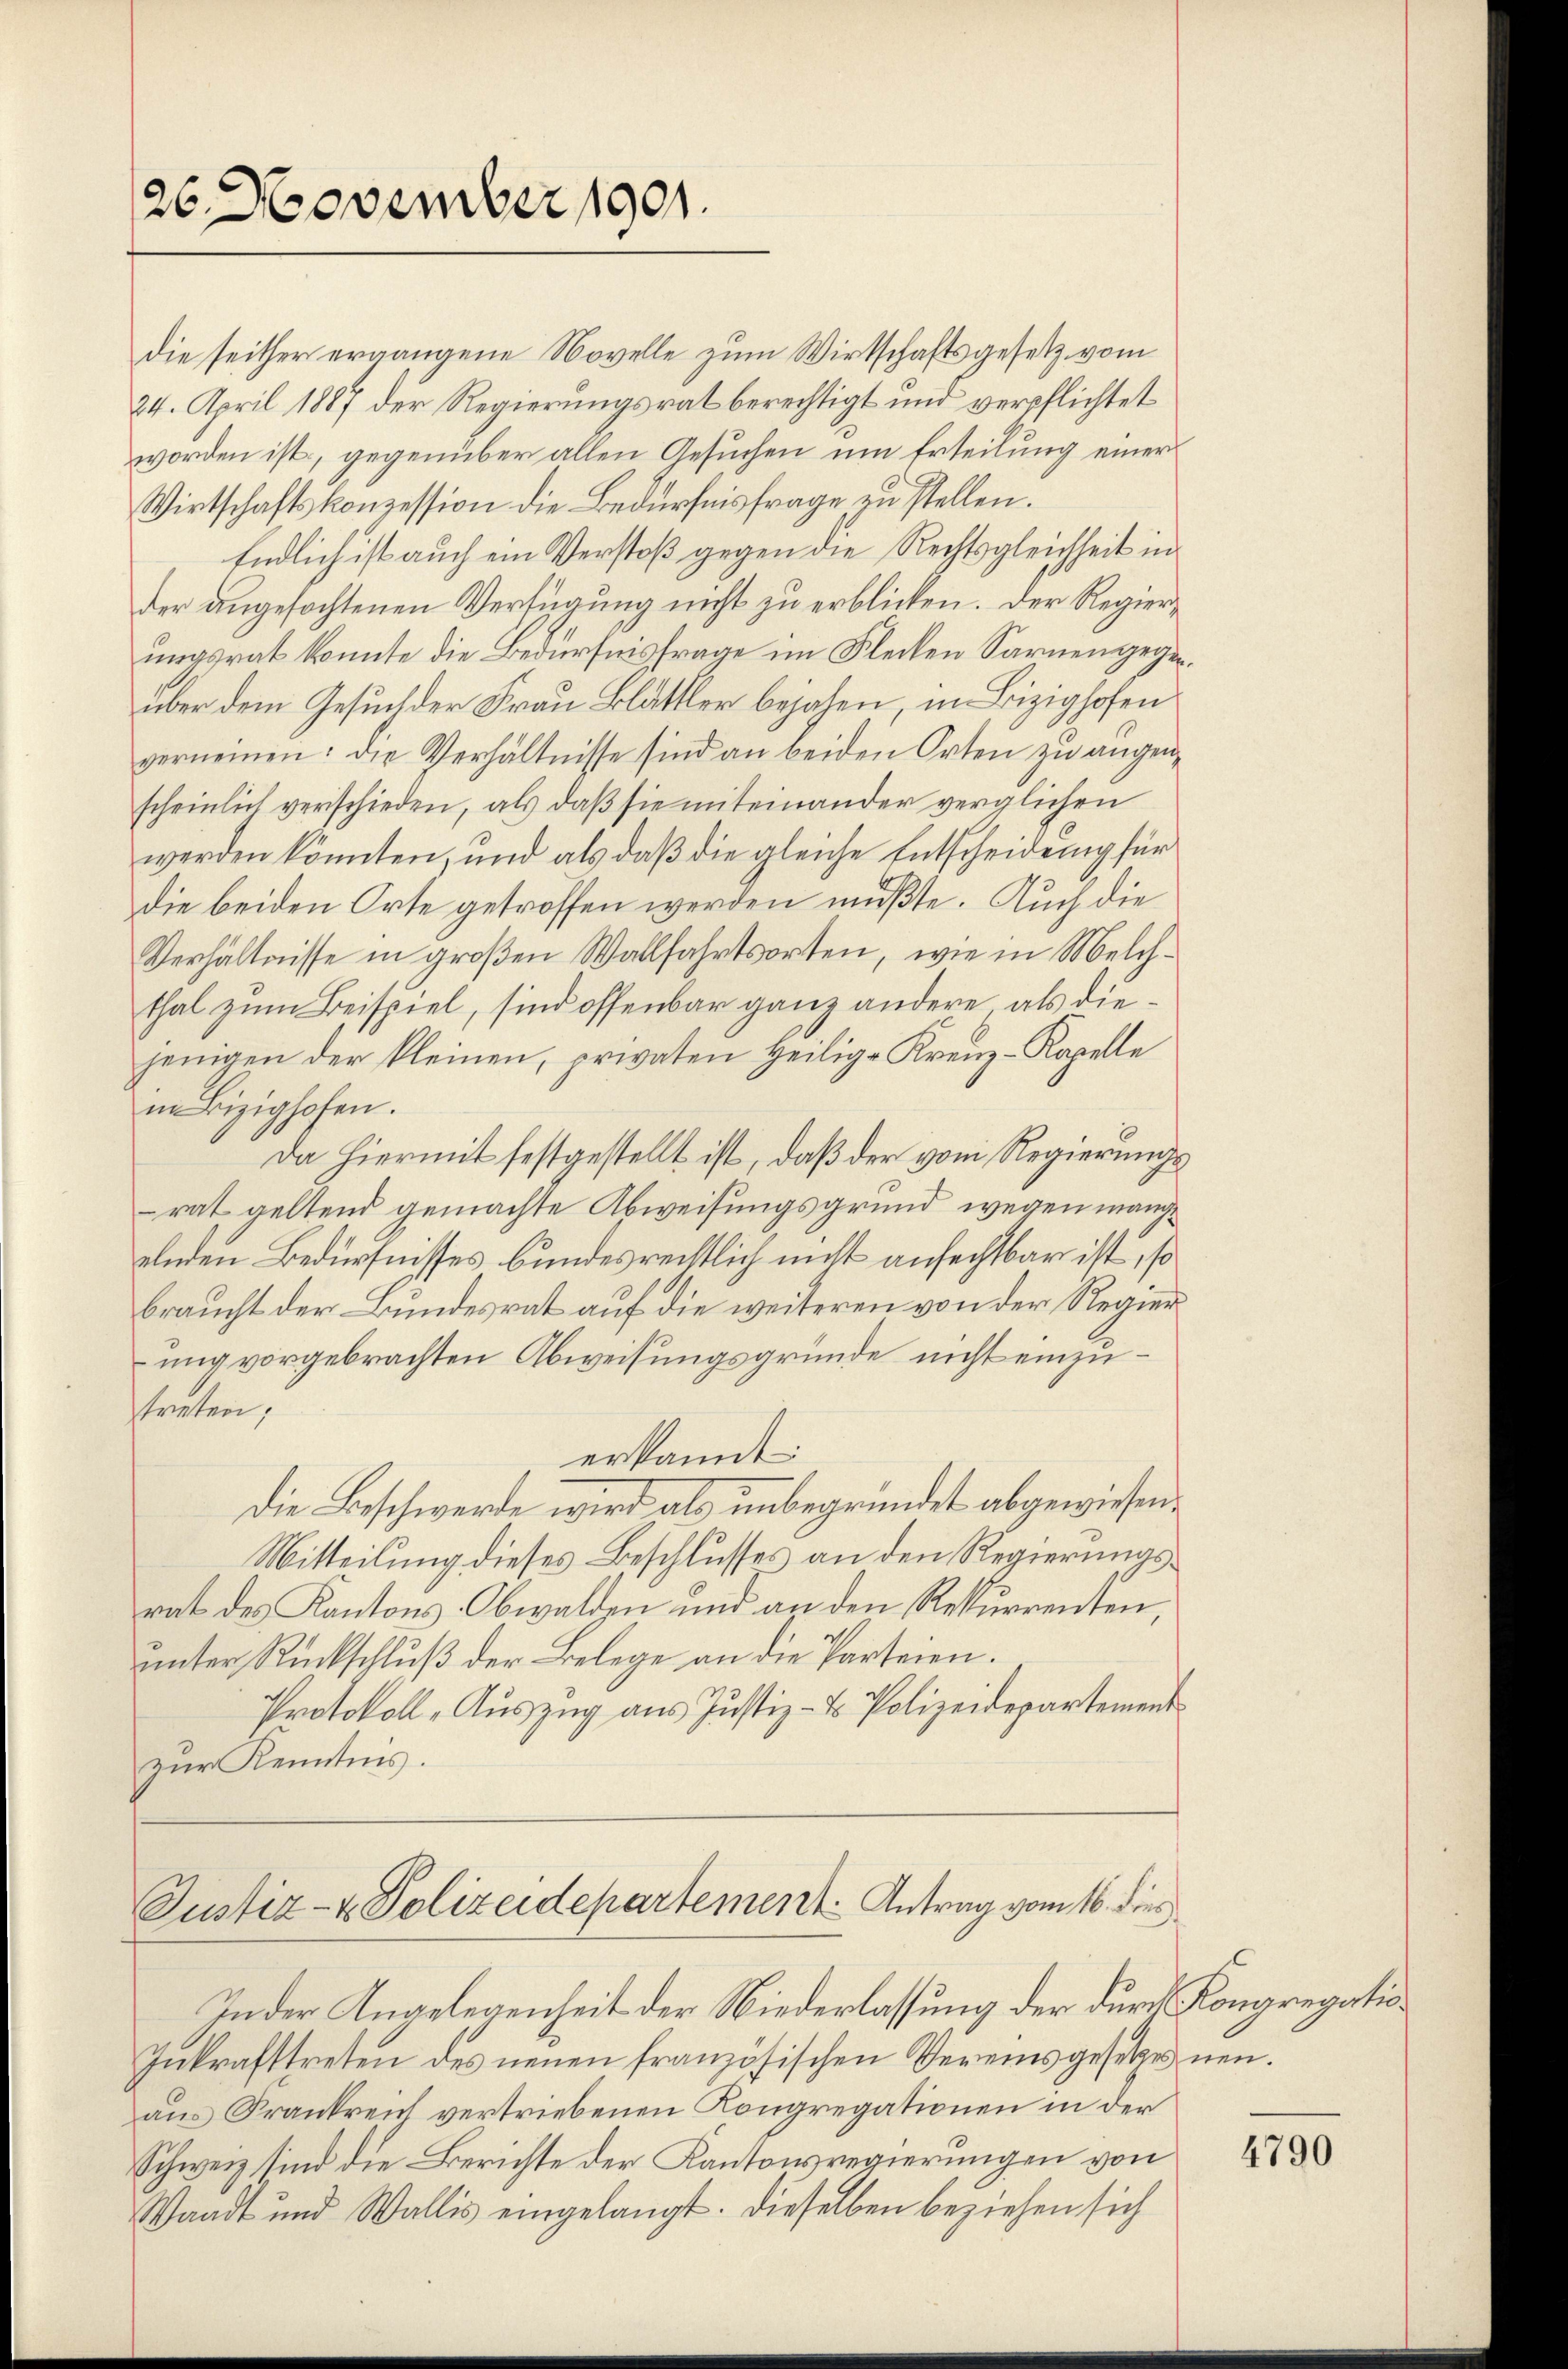
26. November 1901.

die seither ergangene Novelle zum Wirtschaftsgesetz vom
24. April 1887 der Regierungsrat berechtigt und verpflichtet
worden ist, gegenüber allen Gesuchen um Erteilung einer
Wirtschaftskonzession die Bedürfnisfrage zu stellen.
Endlich ist auch ein Verstoß gegen die Rechtsgleichheit in
der angefochtenen Verfügung nicht zu erblicken. Der Regierungsrat konnte die Bedürfnisfrage im Flecken Sarnengegenüber dem Gesuch der Frau Blättler bejahen, in Bizighofen
vernennen: die Verhältnisse sind an beiden Orten zŭ angen-
scheinlich verschieden, als daβ sie miteinander verglichen
werden könnten, und als daß die gleiche Entscheidung für
die beiden Orte getroffen werden müßte. Auch die
Verhältnisse in großen Wallfahrtsorten, wie in Melchthal zum Beispiel, sind offenbar ganz andere als diejenigen der kleinen, privaten Heilig-Kreuz-Kapelle
in Bizighofen.
Da Hiermit festgestellt ist, daß der vom Regierungsrat geltend gemachte Abweisungsgrund wegen mangelnden Bedürfnisses bundesrechtlich nicht anfechtbar ist, so
braucht der Bundesrat auf die weiteren von der Regier
ung vorgebrachten Abweisungsgründe nicht einzutreten;
erkannt
Die Beschwerde wird als unbegründet abgewiesen.
Mitteilung dieses Beschlusses an den Regierungsrat des Kantons-Obwalden und an den Rekurrenten,
unter Rückschluß der Belege an die Parteien.
Protokoll „Auszug aus Justiz- & Polizeidepartement
zur Kenntnis.
Justiz- & Polizeidepartement. Antrag vom 16. dies
In der Angelegenheit der Niederlassung der durch Kongregatio¬
Inkrafttreten des neuen französischen Vereinsgesetzes neuaus Frankreich vertriebenen Kongregationen in der
Schweiz sind die Berichte der Kantonsregierungen von
Waadt und Wallis eingelangt. Dieselben beziehen sich

4790